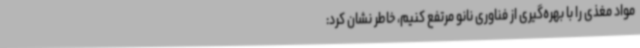
مواد مغذی را با بهره‌گیری از فناوری نانو مرتفع کنیم، خاطر نشان کرد: